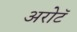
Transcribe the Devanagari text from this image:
अरोटॅ